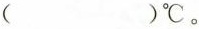
( )℃。